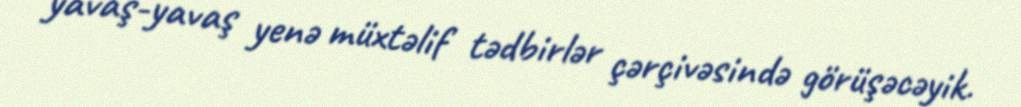
yavaş-yavaş yenə müxtəlif tədbirlər çərçivəsində görüşəcəyik.